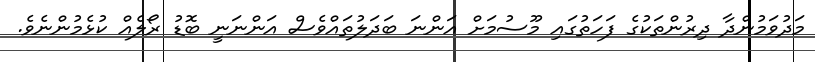
މަދުވަމުންދާ ދިރުންތަކުގެ ފަހަތުގައި މޫސުމަށް އަންނަ ބަދަލުތައްވެސް އަންނަނީ ބޮޑު ރޯލެއް ކުޅެމުންނެވެ.